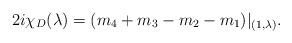
LaTeX: \begin{align*}2i\chi_D(\lambda)= (m_4+m_3-m_2-m_1)\vert_{(1,\lambda)}.\end{align*}